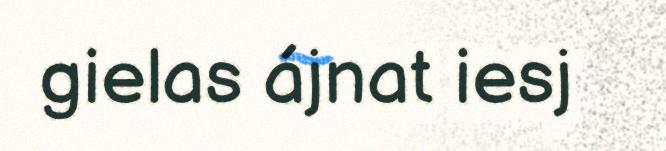
gielas ájnat iesj